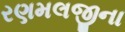
રણમલજીના